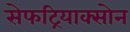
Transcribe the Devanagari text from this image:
सेफट्रियाक्सोन